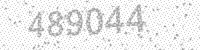
Solution: 489044